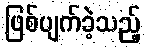
ဖြစ်ပျက်ခဲ့သည့်